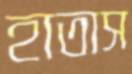
হাতাস